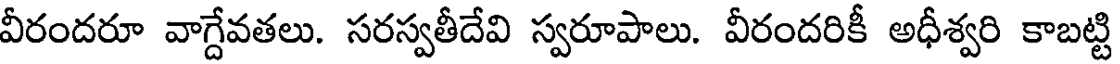
వీరందరూ వాగ్దేవతలు. సరస్వతీదేవి స్వరూపాలు. వీరందరికీ అధీశ్వరి కాబట్టి